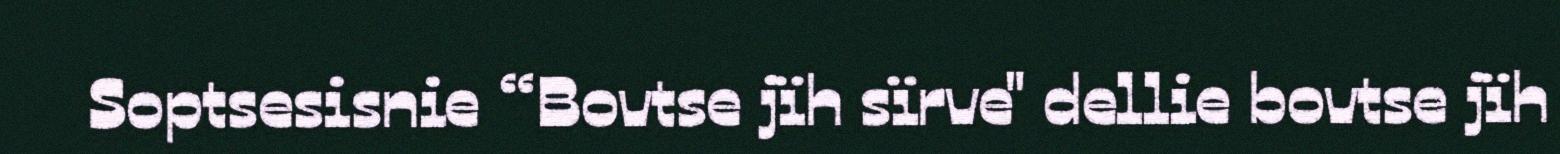
Soptsesisnie “Bovtse jïh sïrve" dellie bovtse jïh